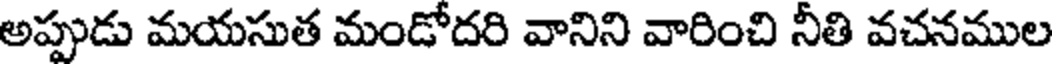
అప్పుడు మయసుత మండోదరి వానిని వారించి నీతి వచనముల